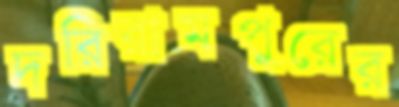
দরিরামপুরের